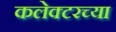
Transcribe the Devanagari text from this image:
कलेक्टरच्या